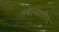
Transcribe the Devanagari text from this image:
तबेल्यातील